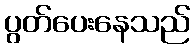
ပွတ်ပေးနေသည်